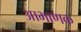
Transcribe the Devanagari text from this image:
आभाणक